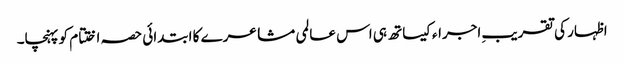
اظہار کی تقریبِ اجراءکیساتھ ہی اس عالمی مشاعرے کا ابتدائی حصہ اختتام کو پہنچا۔